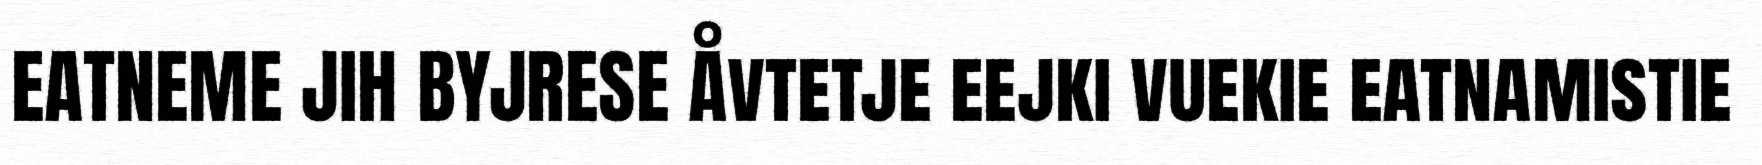
EATNEME JIH BYJRESE Åvtetje eejki vuekie eatnamistie